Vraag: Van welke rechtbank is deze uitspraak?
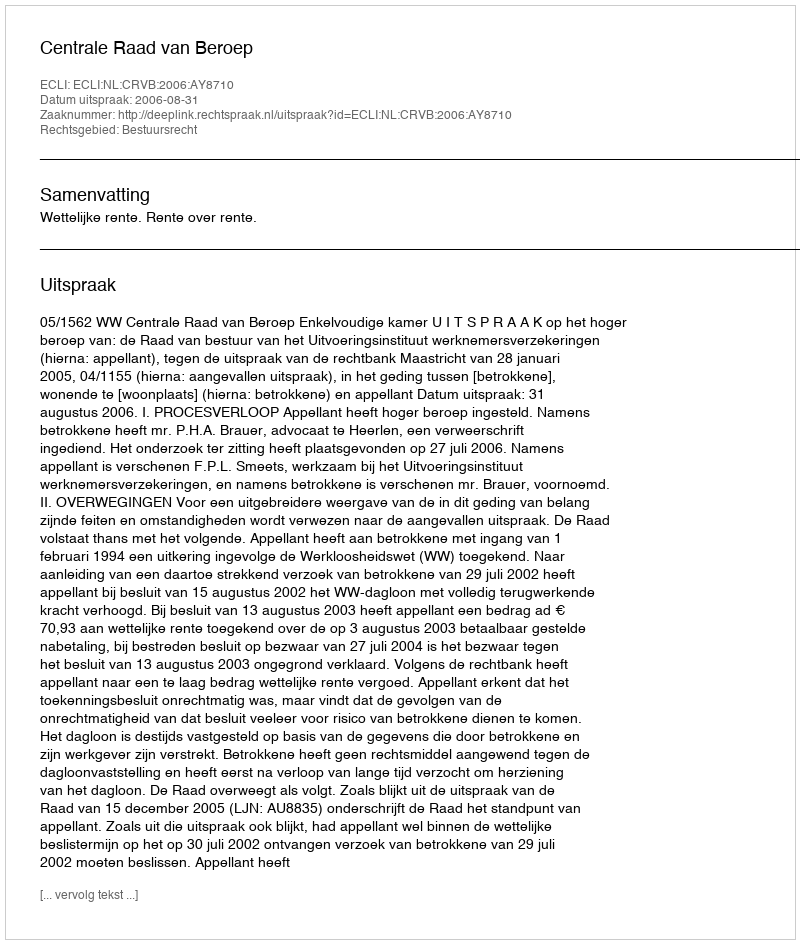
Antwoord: Centrale Raad van Beroep